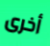
أخرى